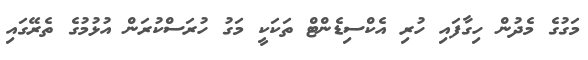
މަގުގެ މެދުން ހިގާފައި ހުރި އެކްސިޑެންޓް ތަކަކީ މަގު ހުރަސްކުރަން އުޅުމުގެ ތެރޭގައި